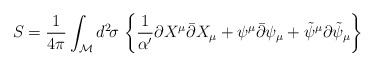
\begin{align*}S = {1\over4\pi} \int_{\cal M} d^2\!\sigma\, \left\{ {1\over\alpha^\prime} \partial X^{\mu} \bar{\partial} X_{\mu} + \psi^{\mu} \bar{\partial} \psi_{\mu} + \tilde{\psi}^{\mu}\partial \tilde{\psi}_{\mu} \right\}\end{align*}